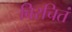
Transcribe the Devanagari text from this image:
विरचितं